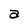
Character: a